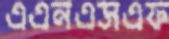
এএনএসএফ